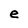
Character: e